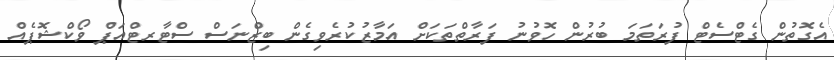
އެގޮތުން ގެޓްސެޓް ފުރަތަމަ ބުރުން ހޮވުނު ފަރާތްތަކަށް އަމާޒުކުރެވިގެން ބިޒްނަސް ސްޓާރޓްއަޕް ވޯކްޝޮޕެއް